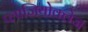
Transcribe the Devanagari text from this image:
प्लाजियोक्लेज